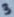
Text: 3